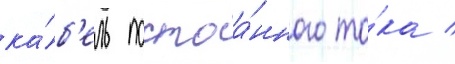
ка́б'ель постоа́нного то́ка /